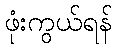
ဖုံးကွယ်ရန်